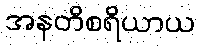
အနတိစရိယာယ